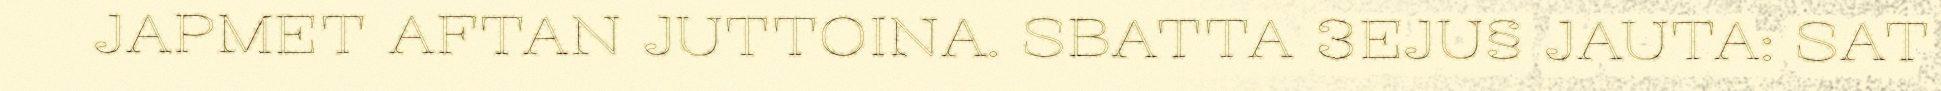
JAPMET AFTAN JUTTOINA. SBATTA 3EJU§ JAUTA: SAT